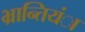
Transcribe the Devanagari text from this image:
भ्रान्तियंा